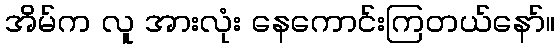
အိမ်က လူ အားလုံး နေကောင်းကြတယ်နော်။